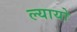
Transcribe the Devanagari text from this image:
ल्यायो